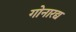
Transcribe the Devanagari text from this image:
गोनारद्य